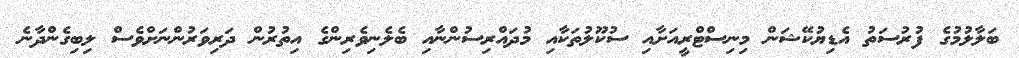
ބަލާލުމުގެ ފުރުސަތު އެޑިޔުކޭޝަން މިނިސްޓްރީއަށާއި ސުކޫލުތަކާއި މުދައްރިސުންނާއި ބެލެނިވެރިންގެ އިތުރުން ދަރިވަރުންނަށްވެސް ލިބިގެންދާނެ